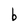
Character: b